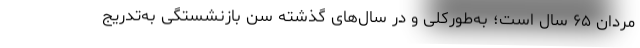
مردان ۶۵ سال است؛ به‌طورکلی و در سال‌های گذشته سن بازنشستگی به‌تدریج